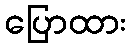
ပြောထား